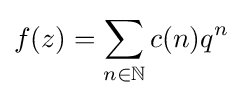
f(z)=\sum _{n\in \mathbb {N} }c(n)q^{n}